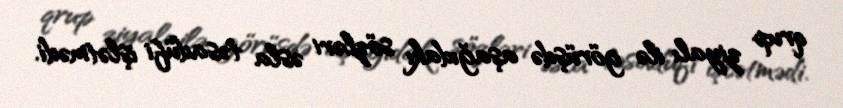
qrup ziyalı ilə görüşdə aşağıdakı sözləri əsla təsadüfi işlətmədi.